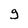
Character: g